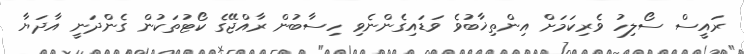
ރައީސް ސޯލިހު ވެރިކަމަށް އިންތިޚާބުވެ ވަޑައިގެންނެވި ހިސާބުން ރާއްޖޭގެ ކޯޓުތަކުން ގެންދަނީ އާދަޔާ